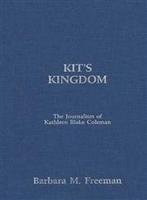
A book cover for Kit's Kingdom: The Journalism of Kathleen Blake Coleman (Women's Experience Series); Barbara Freeman; Computers & Technology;